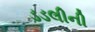
ડડલીની